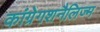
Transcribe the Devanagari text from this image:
कांग्रेगशनैलिज्म